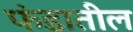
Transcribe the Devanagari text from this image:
फंडातील